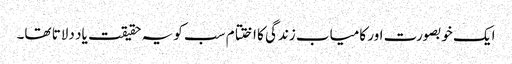
ایک خوبصورت اور کامیاب زندگی کا اختتام سب کو یہ حقیقت یاد دلاتا تھا۔